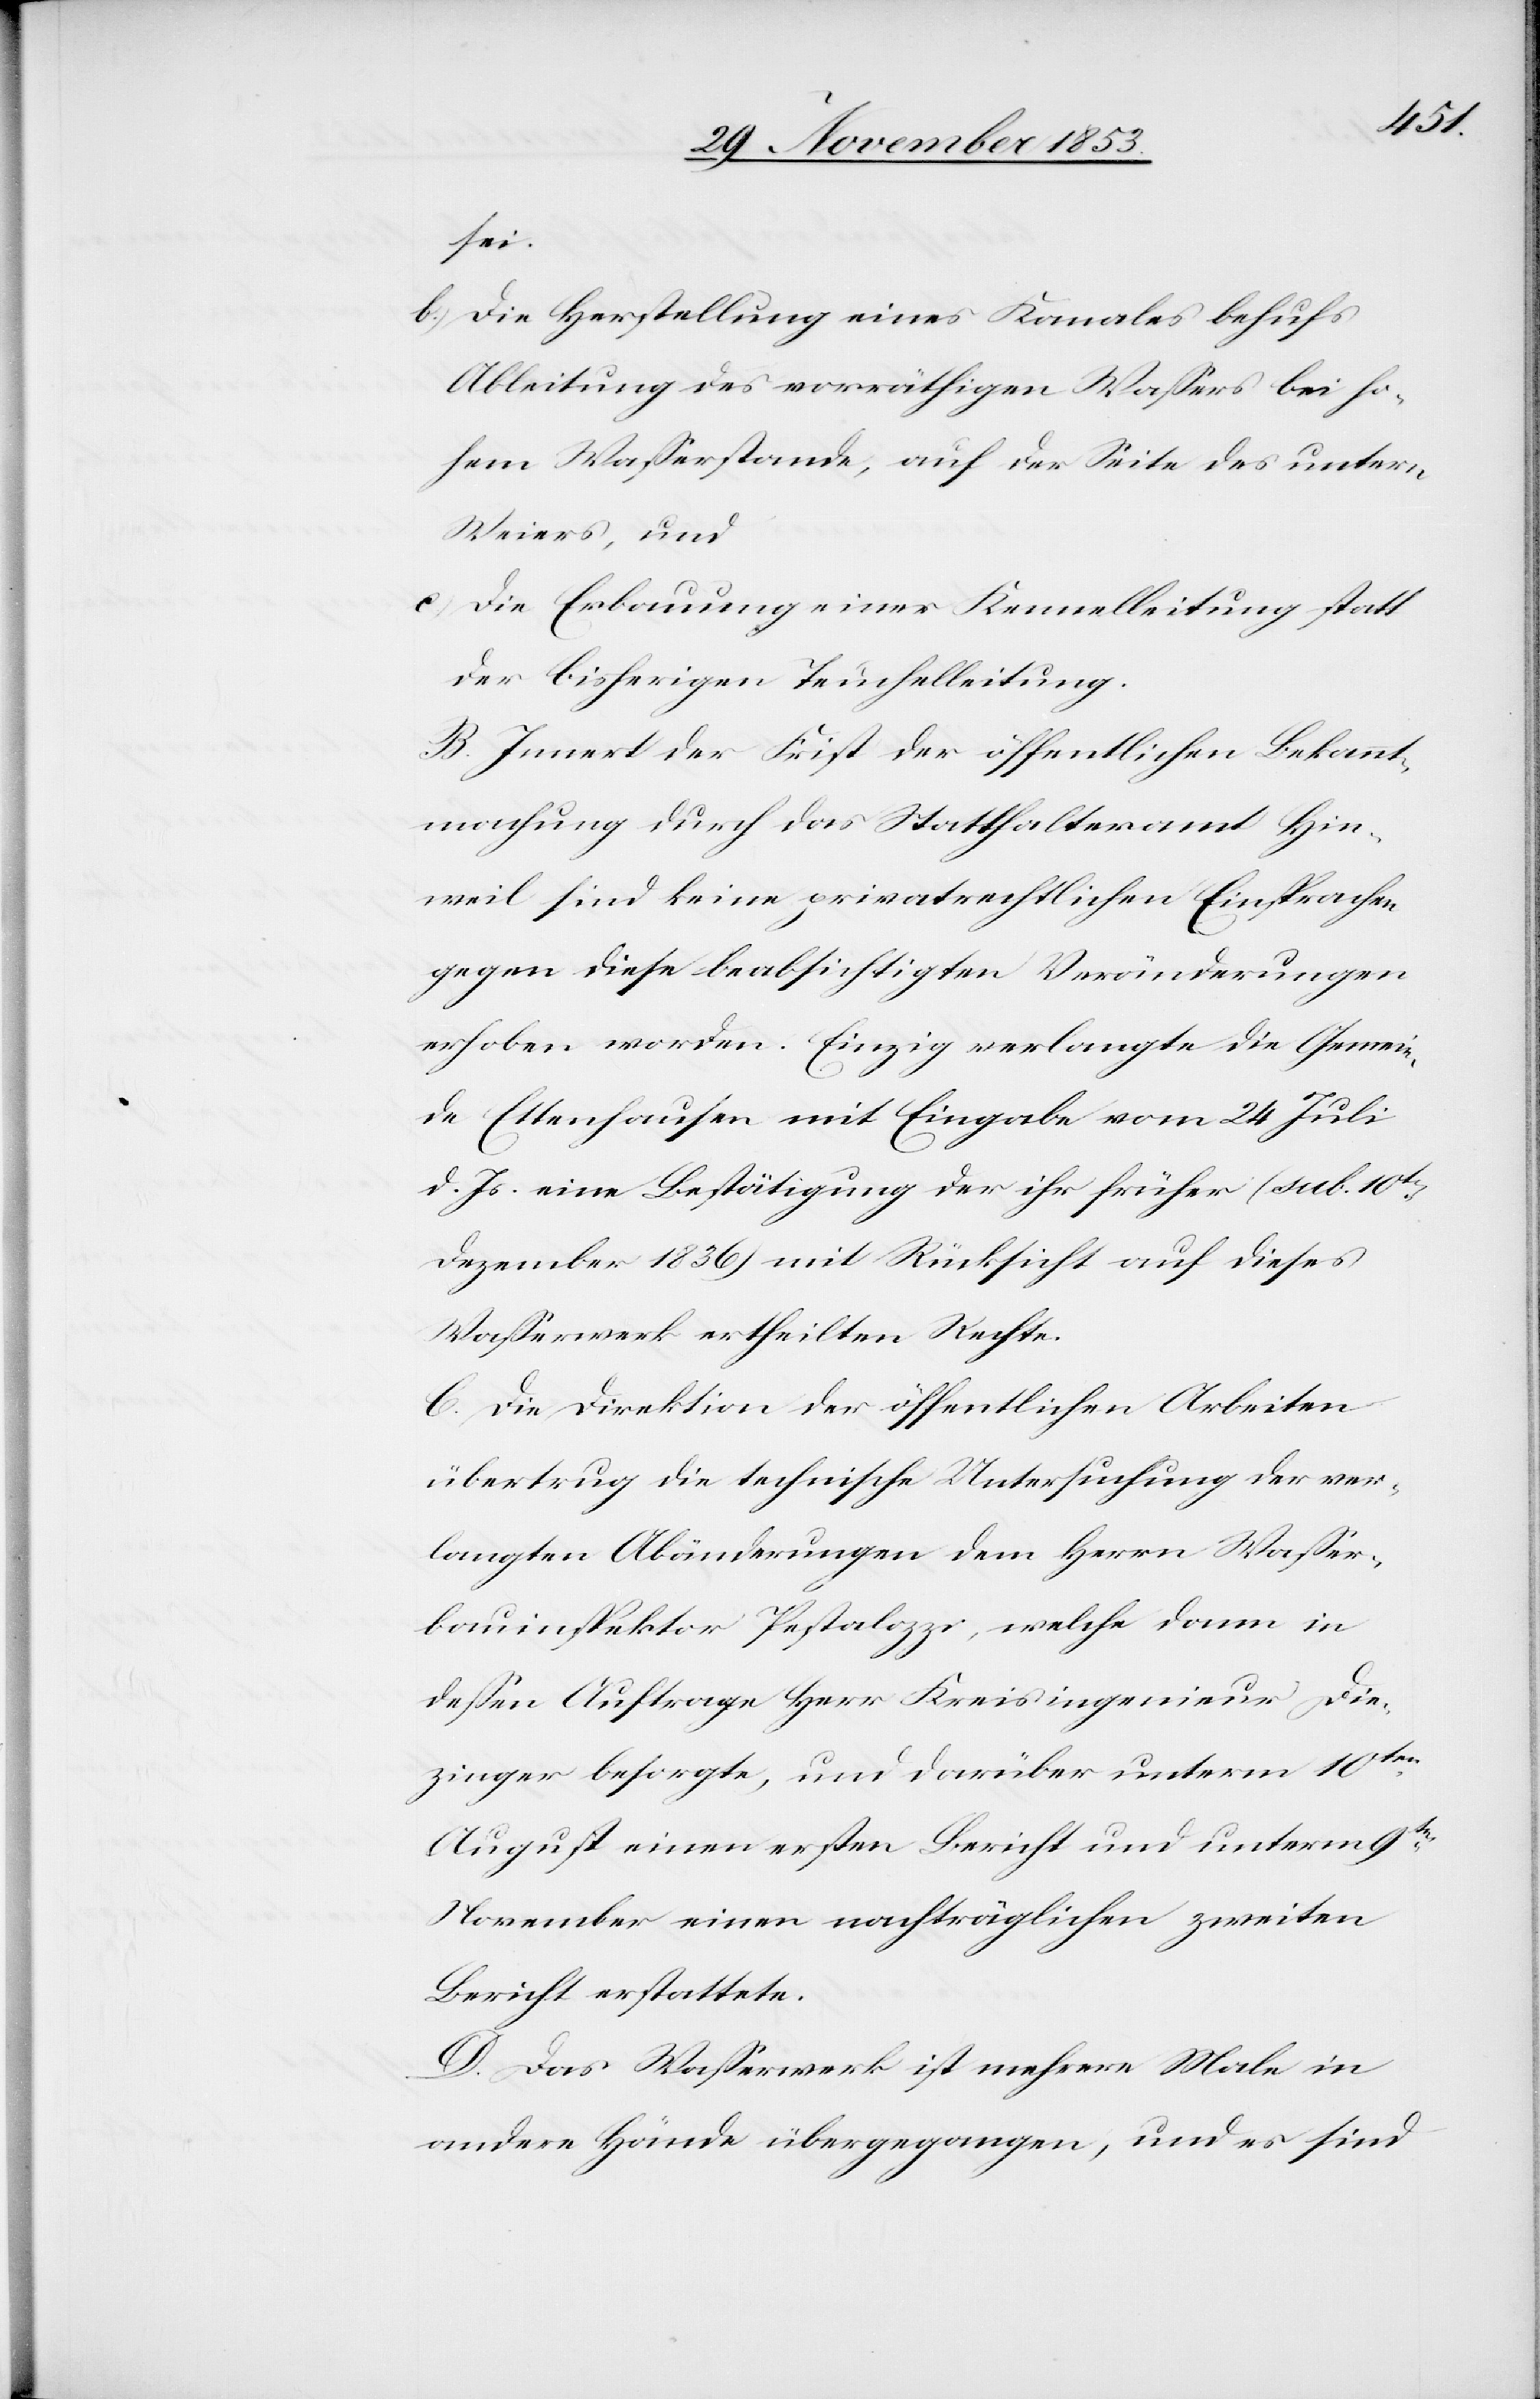
sei.
b) Die Herstellung eines Kanales behufs
Ableitung des vorräthigen Waßers bei ho¬
hem Waßerstande, auf der Seite des untern
Weiers, und
c) Die Erbauung einer Kennelleitung statt
der bisherigen Teuchelleitung.
B. Innert der Frist der öffentlichen Bekannt¬
machung durch das Statthalteramt Hin¬
weil sind keine privatrechtlichen Einsprachen
gegen diese beabsichtigten Veränderungen
erhoben worden. Einzig verlangte die Gemein¬
de Ettenhausen mit Eingabe vom 24 Juli
d. Js. eine Bestätigung der ihr früher (sub. 10ten
Dezember 1836) mit Rücksicht auf dieses
Waßerwerk ertheilten Rechte.
C. Die Direktion der öffentlichen Arbeiten
übertrug die technische Untersuchung der ver¬
langten Abänderungen dem Herrn Waßer¬
bauinspektor Pestalozzi, welche dann in
deßen Auftrage Herr Kreisingenieur Die¬
zinger besorgte, und darüber unterm 10ten
August einen ersten Bericht und unterm 9ten
November einen nachträglichen zweiten
Bericht erstattete.
D. Das Waßerwerk ist mehrere Male in
andere Hände übergegangen, und es sind